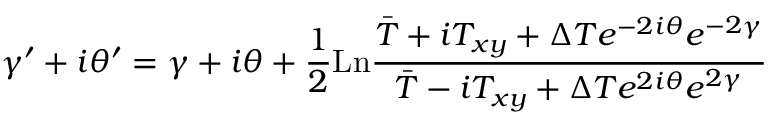
\gamma ^ { \prime } + i \theta ^ { \prime } = \gamma + i \theta + \frac { 1 } { 2 } \mathrm { L n } \frac { \bar { T } + i T _ { x y } + \Delta T e ^ { - 2 i \theta } e ^ { - 2 \gamma } } { \bar { T } - i T _ { x y } + \Delta T e ^ { 2 i \theta } e ^ { 2 \gamma } }